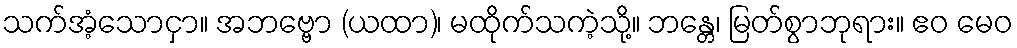
သက်အံ့သောငှာ။ အဘဗ္ဗော (ယထာ)၊ မထိုက်သကဲ့သို့။ ဘန္တေ၊ မြတ်စွာဘုရား။ ဧဝ မေဝ